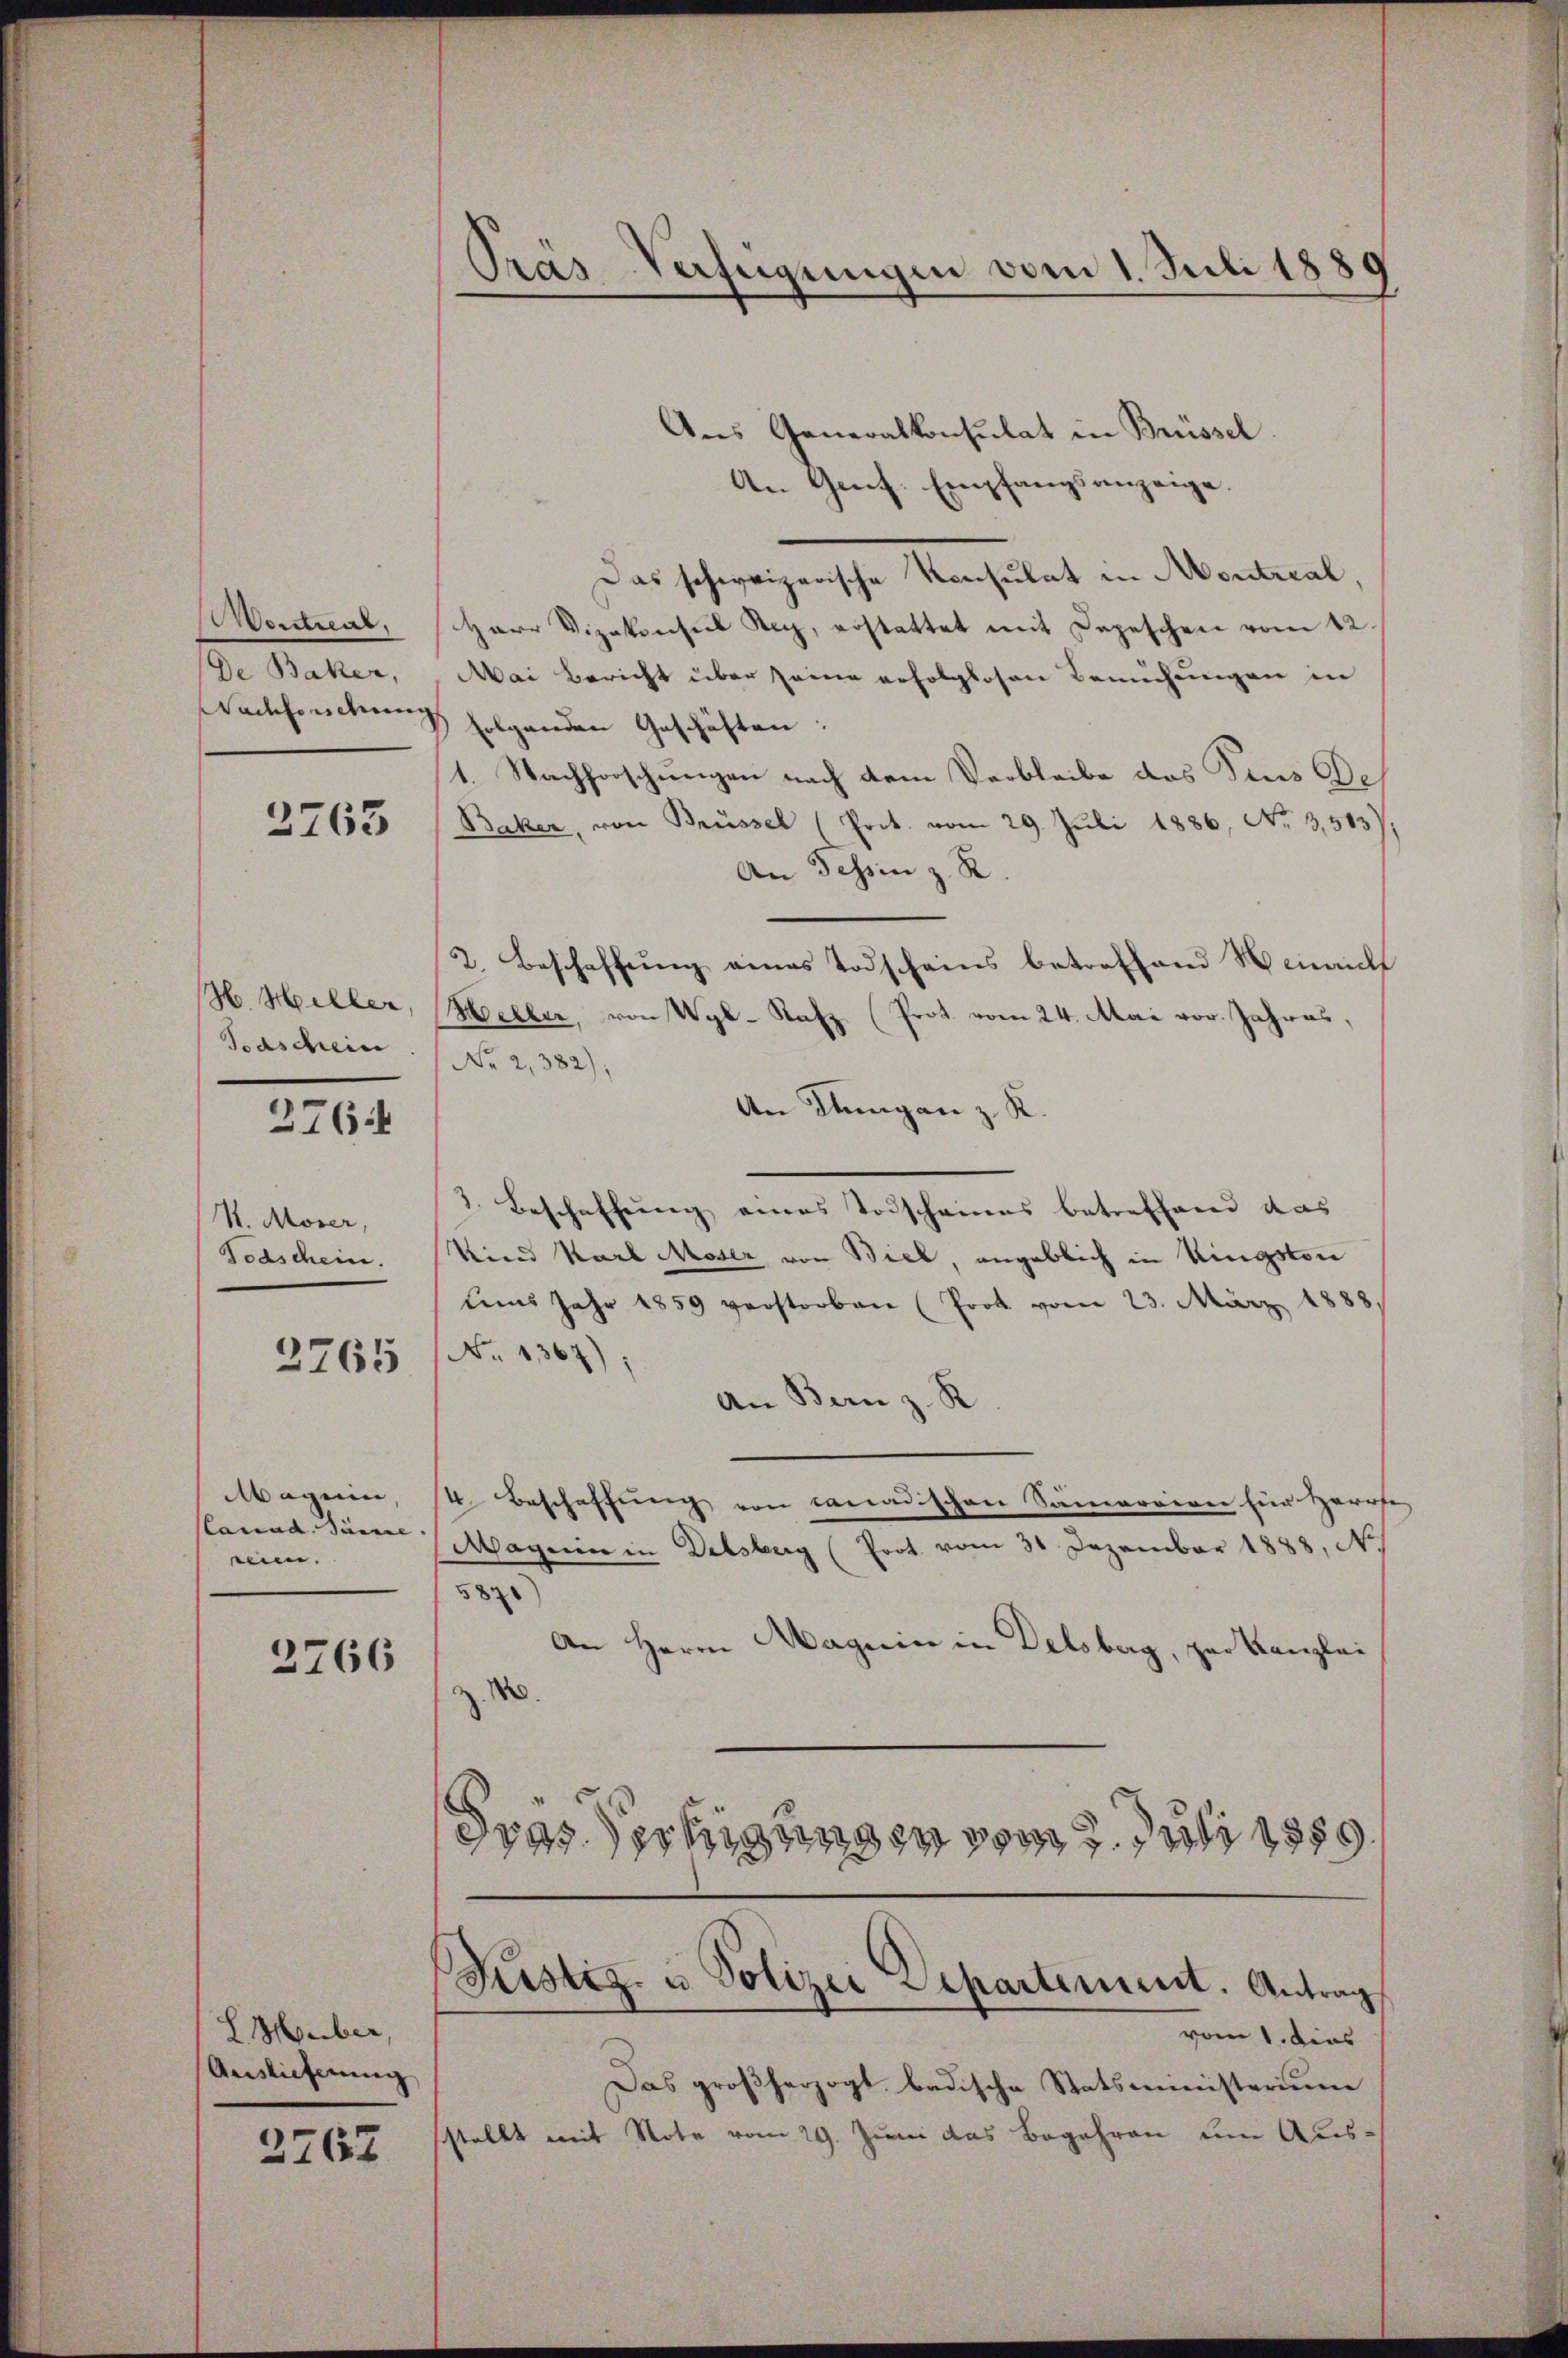
ertreat.
De Baker,

2763

Todschein

2764

V. Moser,
Todschein.

2765

aguin,
(lanud. Sinne.
eum.

2766

LHuber,
Auslieferung

2762

Ans Generalkonsulat in Brüssel
An Genf. Empfangsanzeige.
Das schweizerische Konsulat in Montral
Herr Vizekonsul Rey, erstattet mit Depeschen vom 12.
Mai Bericht über seine erfolglosen Bemühungen in
Wachsuchung folgenden Geschäften:
1. Nachforschungen nach dem Verbleibe des Sins Be
Baker, von Brüssel (Prot. vom 29. Juli 1886, No 3,513),
An Tessin z. R.
2. Beschaffung eines Todscheins betreffend Hinrich
Gb. Hiller, Meller, von Wyl- Rafz (Prot vom 24. Mai vor. Jahres,
No 2,382);
An Dingen z. K.
2. Beschaffŭng eines Todscheines betreffend das
Kind Karl Moser von Biel, angeblich in Kingston
des Jahr 1859 verstorben (Prot vom 23. März 1888
No 1367);
An Bern z. R
4. Beschaffung von canadischen Samaraion für Herrfe
Magen in Delsburg (Prot. vom 31. Dezember 1888, N.
582)
An Herrn Magnin in Delsberg, zur Kanzlei
z. 80.
drassertigungen Juni 1850

Prás-Verfügungen vom 1. Juli 1889
.

Rustiz- u. Polizei Departement. Antrag

vom 1. dies
Das großherzogt badische Statsministerium
sstellt mit Note vom 29. Juni das Begehren um Aus¬